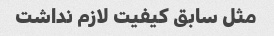
مثل سابق کیفیت لازم نداشت